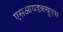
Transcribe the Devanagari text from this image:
एसआयडब्ल्युएस